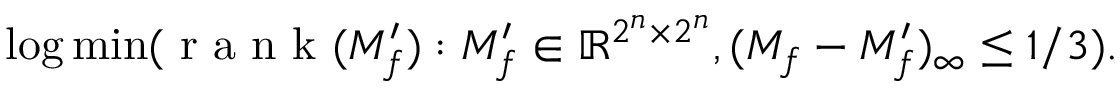
\log \operatorname* { m i n } ( { \textrm { r a n k } } ( M _ { f } ^ { \prime } ) : M _ { f } ^ { \prime } \in \mathbb { R } ^ { 2 ^ { n } \times 2 ^ { n } } , ( M _ { f } - M _ { f } ^ { \prime } ) _ { \infty } \leq 1 / 3 ) .